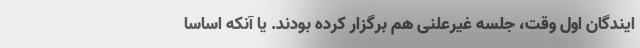
ایندگان اول وقت، جلسه غیرعلنی هم برگزار کرده بودند. یا آنکه اساساً